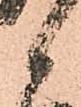
候